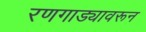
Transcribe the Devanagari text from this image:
रणगाड्यावरून